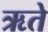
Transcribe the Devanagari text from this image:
ऋते